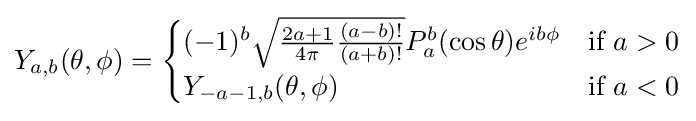
Y_{a,b}(\theta ,\phi )={\begin{cases}(-1)^{b}{\sqrt {{\frac {2a+1}{4\pi }}{\frac {(a-b)!}{(a+b)!}}}}P_{a}^{b}(\cos \theta )e^{ib\phi }&{\text{if }}a>0\\Y_{-a-1,b}(\theta ,\phi )&{\text{if }}a<0\end{cases}}